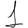
Digit: 1